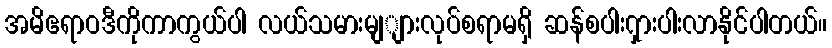
အမိဧရာဝဒီကိုကာကွယ်ပါ လယ်သမားမျျားလုပ်စရာမရှိ ဆန်စပါး၇ှားပါးလာနိုင်ပါတယ်။